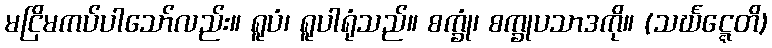
မငြိမကပ်ပါသော်လည်း။ ရူပံ၊ ရူပါရုံသည်။ စက္ခုံ၊ စက္ခုပသာဒကို။ (သင်္ဃဋ္ဋေတိ)